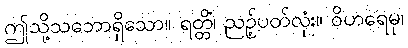
ဤသို့သဘောရှိသော။ ရတ္တိံ၊ ညဉ့်ပတ်လုံး။ ဝိဟရေမု၊